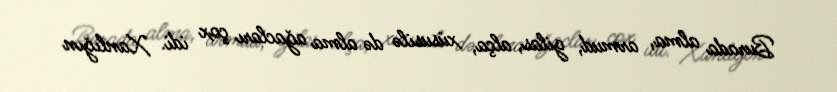
Burada alma, armud, gilas, alça, xüsusilə də alma ağacları çox idi. Xanlığın